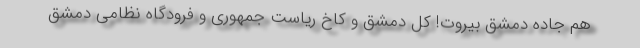
هم جاده دمشق بیروت! کل دمشق و کاخ ریاست جمهوری و فرودگاه نظامی دمشق